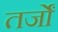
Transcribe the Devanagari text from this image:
तर्जों